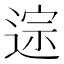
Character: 𫐱